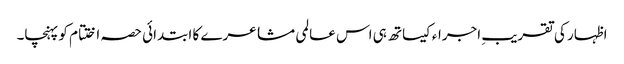
اظہار کی تقریبِ اجراءکیساتھ ہی اس عالمی مشاعرے کا ابتدائی حصہ اختتام کو پہنچا۔